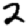
Digit: 2